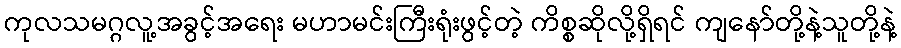
ကုလသမဂ္ဂလူ့အခွင့်အရေး မဟာမင်းကြီးရုံးဖွင့်တဲ့ ကိစ္စဆိုလို့ရှိရင် ကျနော်တို့နဲ့သူတို့နဲ့